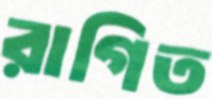
রাগিত